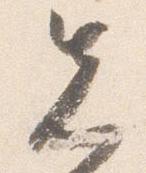
先